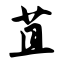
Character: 苴